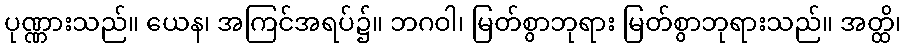
ပုဏ္ဏားသည်။ ယေန၊ အကြင်အရပ်၌။ ဘဂဝါ၊ မြတ်စွာဘုရား မြတ်စွာဘုရားသည်။ အတ္ထိ၊